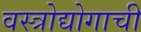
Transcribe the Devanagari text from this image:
वस्त्रोद्योगाची